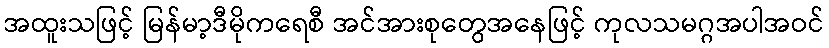
အထူးသဖြင့် မြန်မာ့ဒီမိုကရေစီ အင်အားစုတွေအနေဖြင့် ကုလသမဂ္ဂအပါအဝင်